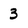
Character: 3